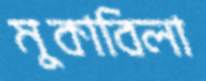
মুকাবিলা